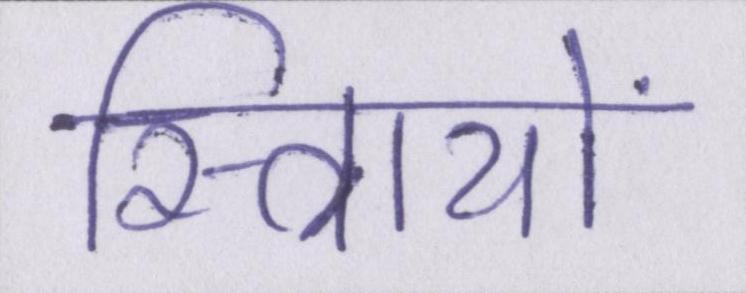
स्त्रिायों